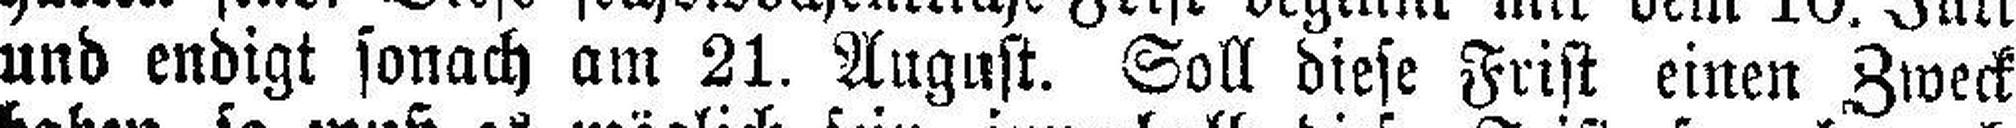
und endigt sonach am 21. August. Soll diese Frist einen Zweck